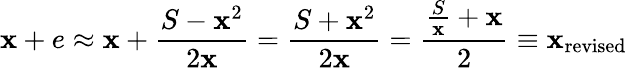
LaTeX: \mathbf{x}+e\approx\mathbf{x}+{\frac{{S-\mathbf{x}^{2}}}{{2\mathbf{x}}}}={\frac{{S+\mathbf{x}^{2}}}{{2\mathbf{x}}}}={\frac{{{\frac{{S}}{{\mathbf{x}}}}+\mathbf{x}}}{{2}}}\equiv\mathbf{x}_{\mathrm{{revised}}}